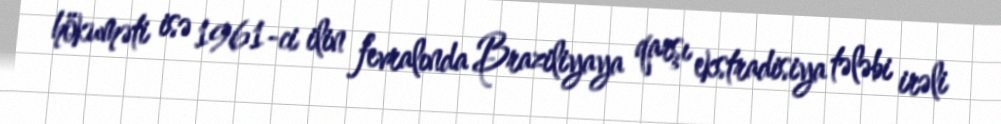
hökuməti isə 1961-ci ilin fevralında Braziliyaya qarşı ekstradisiya tələbi irəli